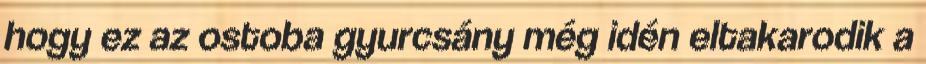
hogy ez az ostoba gyurcsány még idén eltakarodik a